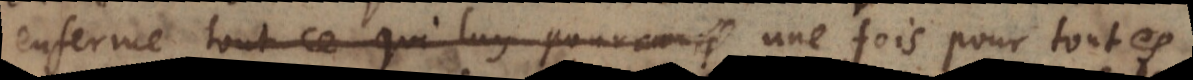
enferme tout ce qui luy pourrait une fois pour toutes